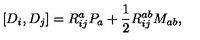
[ D _ { i } , D _ { j } ] = R _ { i j } ^ { a } P _ { a } + \frac { 1 } { 2 } R _ { i j } ^ { a b } M _ { a b } ,